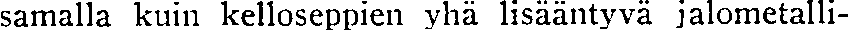
samalla kuin kelloseppien yhä lisääntyvä jalometalli-